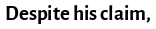
Despite his claim,